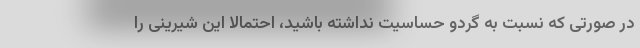
در صورتی که نسبت به گردو حساسیت نداشته باشید، احتمالا این شیرینی را